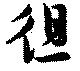
徂